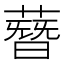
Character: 𦻳